Cholera in southern India
Disease focus: Cholera
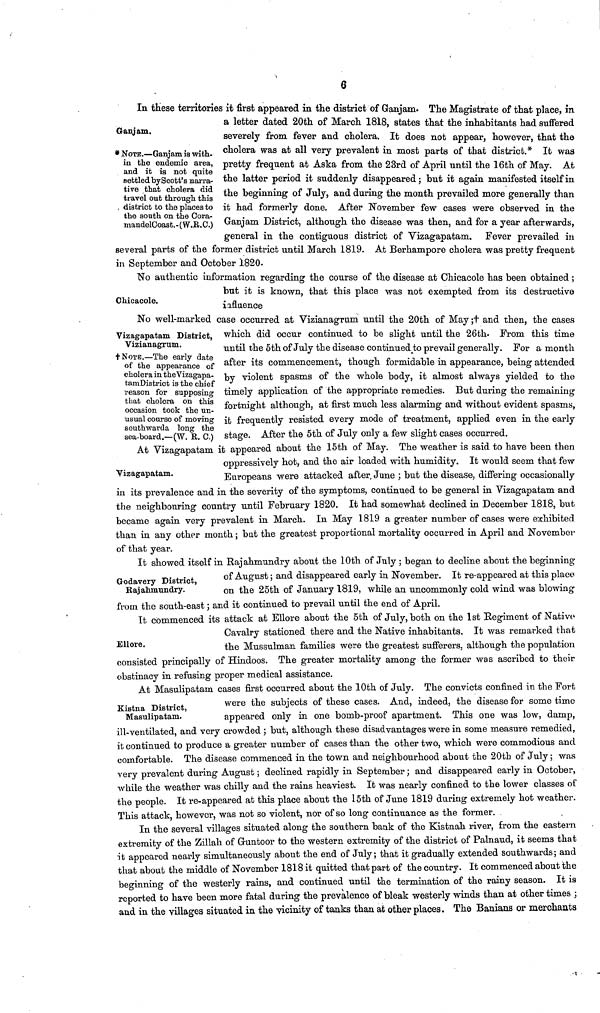
6
* NOTE.—Ganjam is with-
in the endemic area,
and it is not quite
settled byScott's narra-
tive that cholera did
travel out through this
district to the places to
the south on the Cora-
mandelCoast.-(W.R.C.)
In these territories it first appeared in the district of Ganjam. The Magistrate of that place, in
a letter dated 20th of March 1818, states that the inhabitants had suffered
Ganjam.
severely from fever and cholera. It does not appear, however, that the
cholera was at all very prevalent in most parts of that district.* It was
pretty frequent at Aska from the 23rd of April until the 16th of May. At
the latter period it suddenly disappeared ; but it again manifested itself in
the beginning of July, and during the month prevailed more generally than
it had formerly done. After November few cases were observed in the
Ganjam District, although the disease was then, and for a year afterwards,
general in the contiguous district of Vizagapatam. Fever prevailed in
several parts of the former district until March 1819. At Berhampore cholera was pretty frequent
in September and October 1820.
Chicacole.
No authentic information regarding the course of the disease at Chicacole has been obtained ;
but it is known, that this place was not exempted from its destructive
influence
Vizagapatam District,
Vizianagrum.
†NOTE.—The early date
of the appearance of
cholera in theVizagapa-
tamDistrict is the chief
reason for supposing
that cholera on this
occasion took the un-
usual course of moving
southwarcla long the
sea-board.—(W. R. C.)
No well-marked case occurred at Vizianagrum until the 20th of May ; † and then, the cases
which did occur continued to be slight until the 26th. From this time
until the 5th of July the disease continued to prevail generally. For a month
after its commencement, though formidable in appearance, being attended
by violent spasms of the whole body, it almost always yielded to the
timely application of the appropriate remedies. But during the remaining
fortnight although, at first much less alarming and without evident spasms,
it frequently resisted every mode of treatment, applied even in the early
stage. After the 5th of July only a few slight cases occurred.
Vizagapatam.
At Vizagapatam it appeared about the 15th of May. The weather is said to have been then
oppressively hot, and the air loaded with humidity. It would seem that few
Europeans were attacked after June ; but the disease, differing occasionally
in its prevalence and in the severity of the symptoms, continued to be general in Vizagapatam and
the neighbouring country until February 1820. It had somewhat declined in December 1818, but
became again very prevalent in March. In May 1819 a greater number of cases were exhibited
than in any other month ; bat the greatest proportional mortality occurred in April and November
of that year.
Godavery District,
Rajahnaundry.
It showed itself in Rajahmundry about the 10th of July ; began to decline about the beginning
of August ; and disappeared early in November. It re-appeared at this place
on the 25th of January 1819, while an uncommonly cold wind was blowing
from the south-east ; and it continued to prevail until the end of April.
Ellore.
It commenced its attack at Ellore about the 5th of July, both on the 1st Regiment of Native
Cavalry stationed there and the Native inhabitants. It was remarked that
the Mussulman families were the greatest sufferers, although the population
consisted principally of Hindoos. The greater mortality among the former was ascribed to their
obstinacy in refusing proper medical assistance.
Kistna District,
Masulipatam.
At Masulipatam cases first occurred about the 10th of July. The convicts confined in the Fort
were the subjects of these cases. And, indeed, the disease for some time
appeared only in one bomb-proof apartment. This one was low, damp,
ill-ventilated, and very crowded ; but, although these disadvantages were in some measure remedied,
it continued to produce a greater number of cases than the other two, which were commodious and
comfortable. The disease commenced in the town and neighbourhood about the 20th of July ; was
very prevalent during August ; declined rapidly in September; and disappeared early in October,
while the weather was chilly and the rains heaviest. It was nearly confined to the lower classes of
the people. It re-appeared at this place about the 15th of June 1819 during extremely hot weather.
This attack, however, was not so violent, nor of so long continuance as the former.
In the several villages situated along the southern bank of the Kistnah river, from the eastern
extremity of the Zillah of Gruntoor to the western extremity of the district of Palnaud, it seems that
it appeared nearly simultaneously about the end of July ; that it gradually extended southwards ; and
that about the middle of November 1818 it quitted that part of the country. It commenced about the
beginning of the westerly rains, and continued until the termination of the rainy season. It is
reported to have been more fatal during the prevalence of bleak westerly winds than at other times ;
and in the villages situated in the vicinity of tanks than at other places. The Banians or merchants